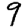
Digit: 9